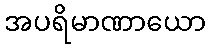
အပရိမာဏာယော